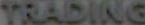
TRADING